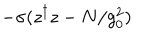
LaTeX: - \sigma ( z ^ { \dagger } z - N / g _ { 0 } ^ { 2 } )